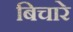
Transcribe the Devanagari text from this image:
बिचारे